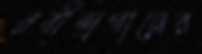
রবীন্দ্রগানের